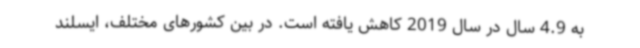
به 4.9 سال در سال 2019 کاهش یافته است. در بین کشورهای مختلف، ایسلند